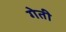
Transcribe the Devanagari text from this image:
गेती